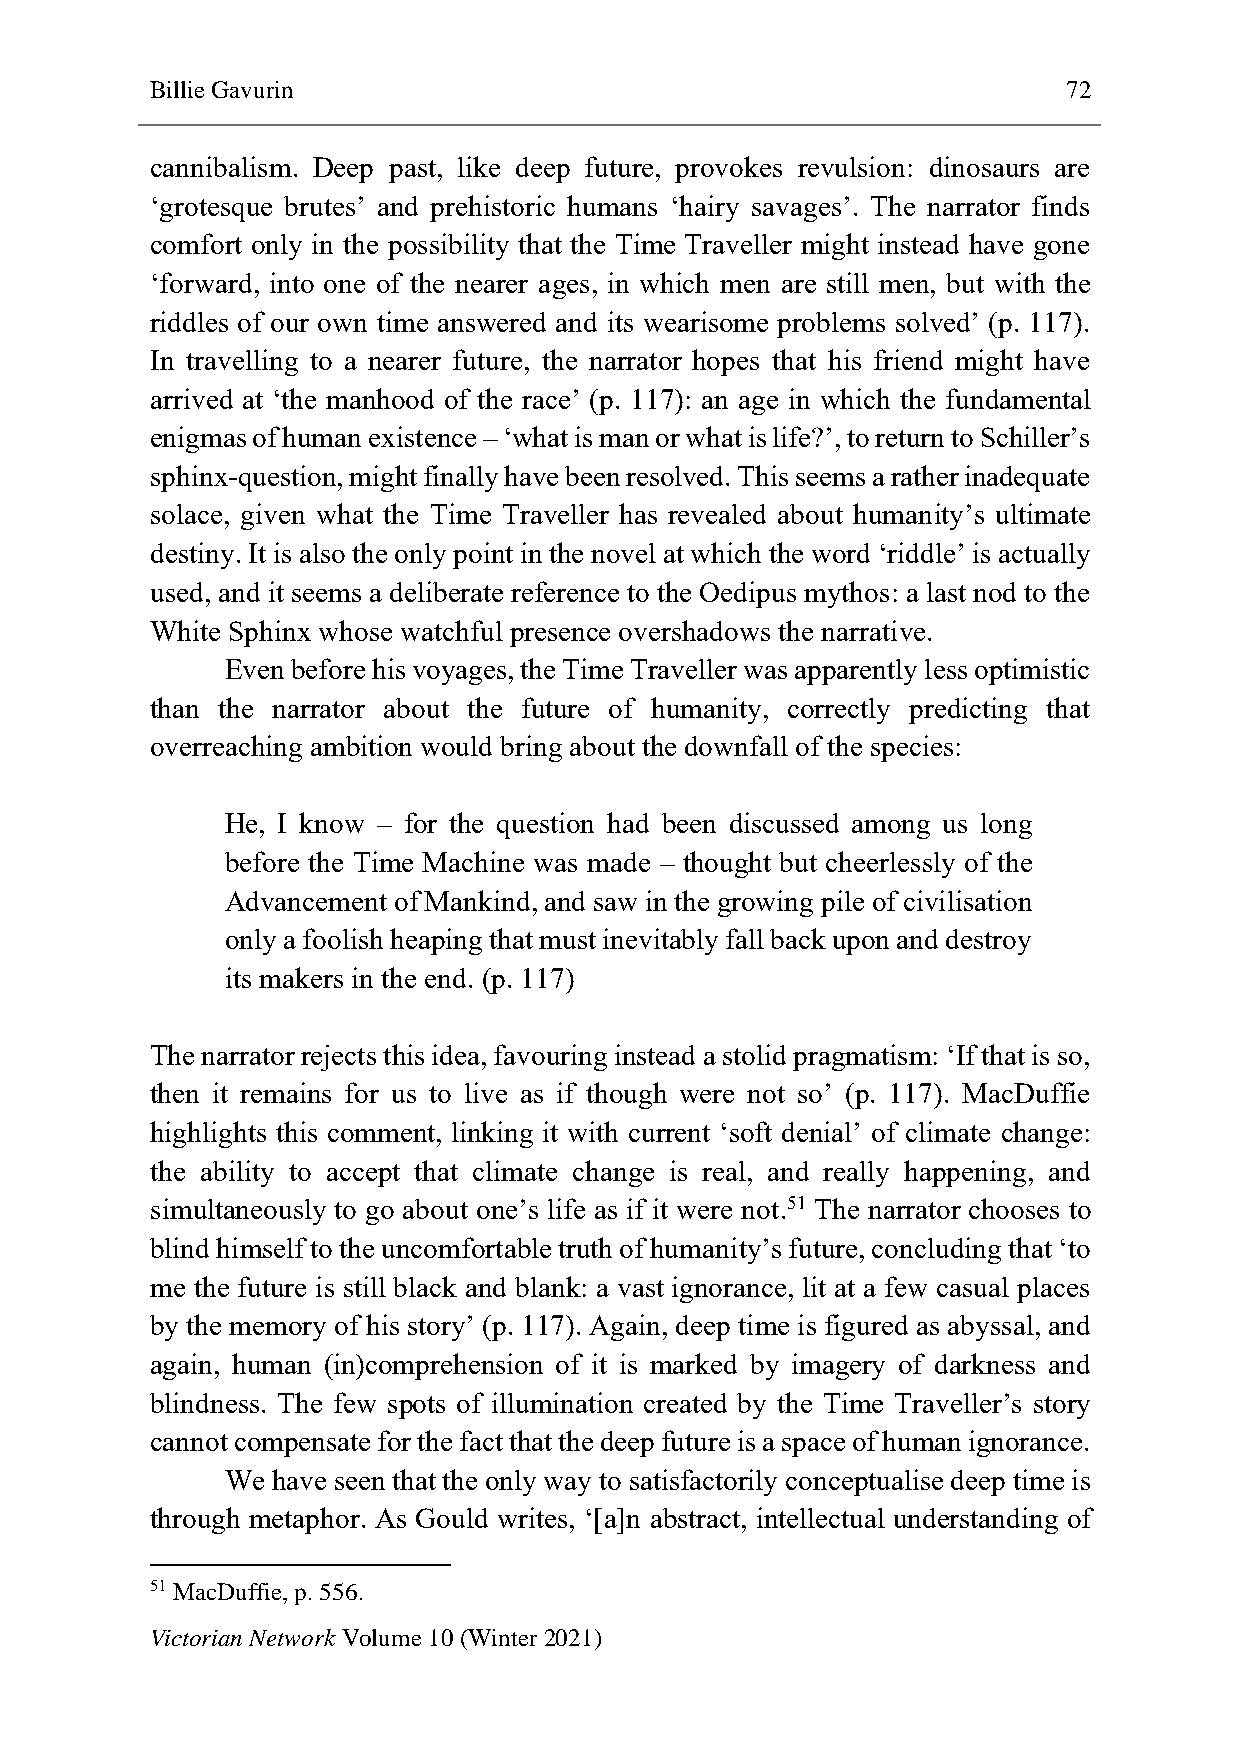
Billie Gavurin                                               72
 cannibalism. Deep past, like deep future, provokes revulsion: dinosaurs are
 ‘grotesque brutes’ and prehistoric humans ‘hairy savages’. The narrator finds
 comfort only in the possibility that the Time Traveller might instead have gone
 ‘forward, into one of the nearer ages, in which men are still men, but with the
 riddles of our own time answered and its wearisome problems solved’ (p. 117).
 In travelling to a nearer future, the narrator hopes that his friend might have
 arrived at ‘the manhood of the race’ (p. 117): an age in which the fundamental
 enigmas of human existence – ‘what is man or what is life?’, to return to Schiller’s
 sphinx-question, might finally have been resolved. This seems a rather inadequate
 solace, given what the Time Traveller has revealed about humanity’s ultimate
 destiny. It is also the only point in the novel at which the word ‘riddle’ is actually
 used, and it seems a deliberate reference to the Oedipus mythos: a last nod to the
 White Sphinx whose watchful presence overshadows the narrative.
 Even before his voyages, the Time Traveller was apparently less optimistic
 than the narrator about the future of humanity, correctly predicting that
 overreaching ambition would bring about the downfall of the species:
 He, I know – for the question had been discussed among us long
 before the Time Machine was made – thought but cheerlessly of the
 Advancement of Mankind, and saw in the growing pile of civilisation
 only a foolish heaping that must inevitably fall back upon and destroy
 its makers in the end. (p. 117)
 The narrator rejects this idea, favouring instead a stolid pragmatism: ‘If that is so,
 then it remains for us to live as if though were not so’ (p. 117). MacDuffie
 highlights this comment, linking it with current ‘soft denial’ of climate change:
 the ability to accept that climate change is real, and really happening, and
 simultaneously to go about one’s life as if it were not.51 The narrator chooses to
 blind himself to the uncomfortable truth of humanity’s future, concluding that ‘to
 me the future is still black and blank: a vast ignorance, lit at a few casual places
 by the memory of his story’ (p. 117). Again, deep time is figured as abyssal, and
 again, human (in)comprehension of it is marked by imagery of darkness and
 blindness. The few spots of illumination created by the Time Traveller’s story
 cannot compensate for the fact that the deep future is a space of human ignorance.
 We have seen that the only way to satisfactorily conceptualise deep time is
 through metaphor. As Gould writes, ‘[a]n abstract, intellectual understanding of
 51 MacDuffie, p. 556.
 Victorian Network Volume 10 (Winter 2021)